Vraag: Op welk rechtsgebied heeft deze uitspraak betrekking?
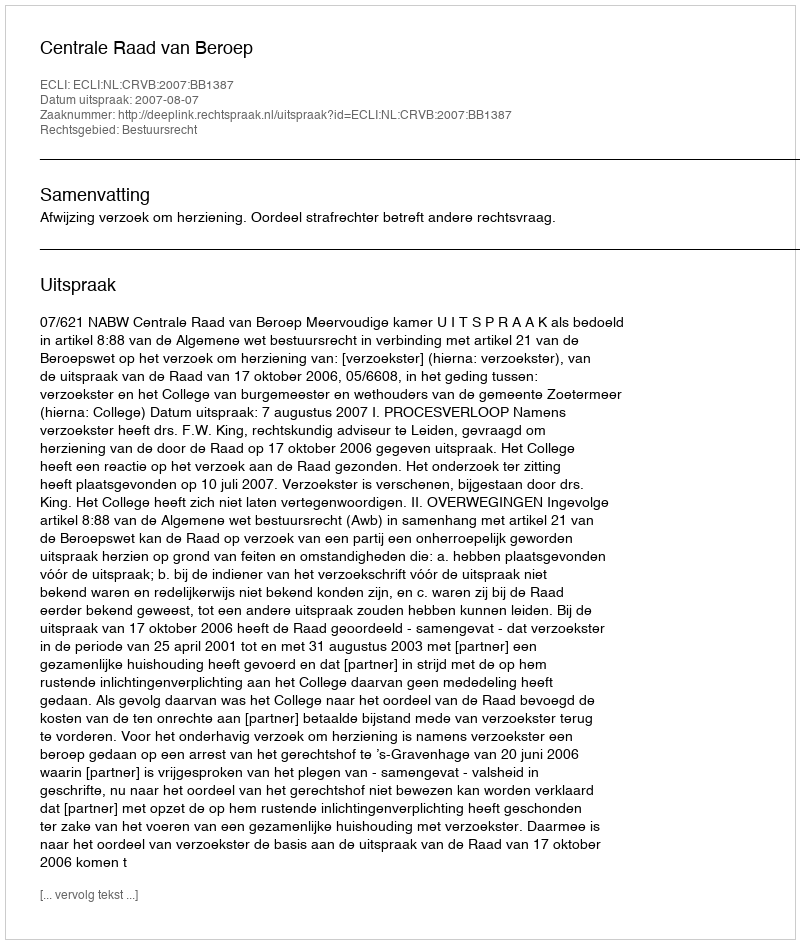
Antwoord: Bestuursrecht